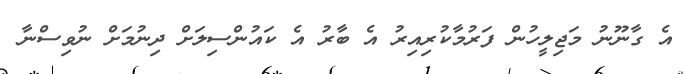
އެ ގާނޫނު މަޖިލީހުން ފަރުމާކުރިއިރު އެ ބާރު އެ ކައުންސިލަށް ދިނުމަށް ނުވިސްނާ